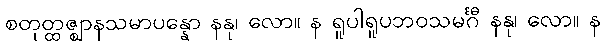
စတုတ္ထဇ္ဈာနသမာပန္နော နနု၊ လော။ န ရူပါရူပဘဝသမင်္ဂီ နနု၊ လော။ န